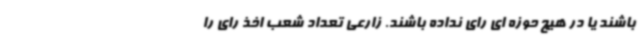
باشند یا در هیچ حوزه ای رای نداده باشند. زارعی تعداد شعب اخذ رای را